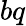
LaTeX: bq